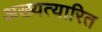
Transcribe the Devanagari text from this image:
अख्यत्यारित